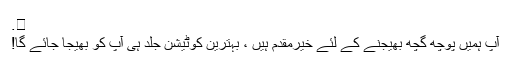
℃.
آپ ہمیں پوچھ گچھ بھیجنے کے لئے خیرمقدم ہیں ، بہترین کوٹیشن جلد ہی آپ کو بھیجا جائے گا!